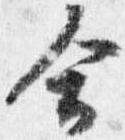
合